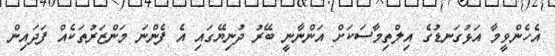
އެހެންވީމާ އަޅުގަނޑުގެ އިލްތިމާސަކަށް އަންނާނީ ބޭރު ދުނިޔޭގައި އެ ފެންނަ މަންޒަރުތަކެއް ފަދައިން